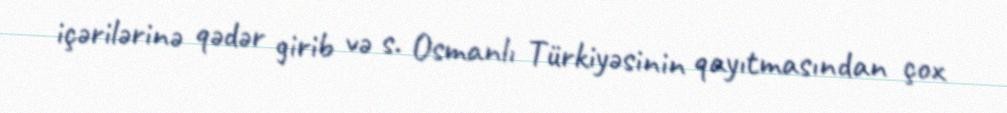
içərilərinə qədər girib və s. Osmanlı Türkiyəsinin qayıtmasından çox